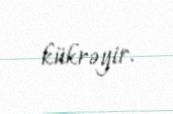
kükrəyir.